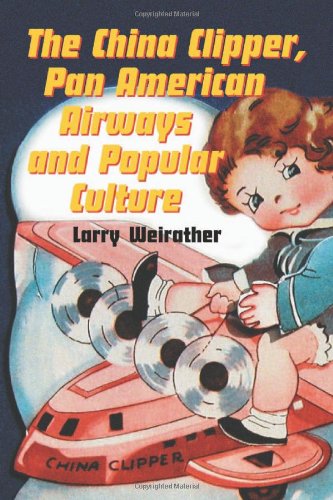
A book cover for China Clipper, Pan American Airways And Popular Culture; Larry Weirather; Travel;